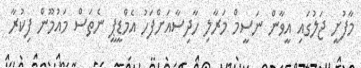
މާފުށީ ޖަލުގައި އީވާން ނަސީމް މަރާލި ހާދިސާއަށްފަހު އެމްޑީޕީ ނެތަސް މައުމޫން ފިކުރާ